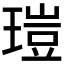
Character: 𤧸